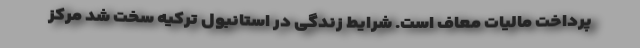
پرداخت مالیات معاف است. شرایط زندگی در استانبول ترکیه سخت شد مرکز